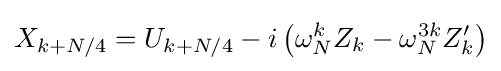
X_{k+N/4}=U_{k+N/4}-i\left(\omega _{N}^{k}Z_{k}-\omega _{N}^{3k}Z'_{k}\right)